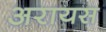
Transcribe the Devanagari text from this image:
अरायस